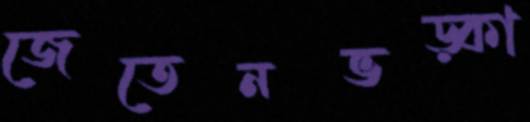
জেতেনভড়্‌কা